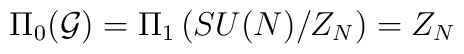
\Pi_0({\cal G})=\Pi_1\left( SU(N)/Z_N\right)=Z_N